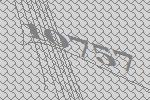
10757